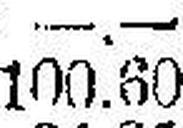
100.60